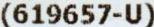
(619657-U)